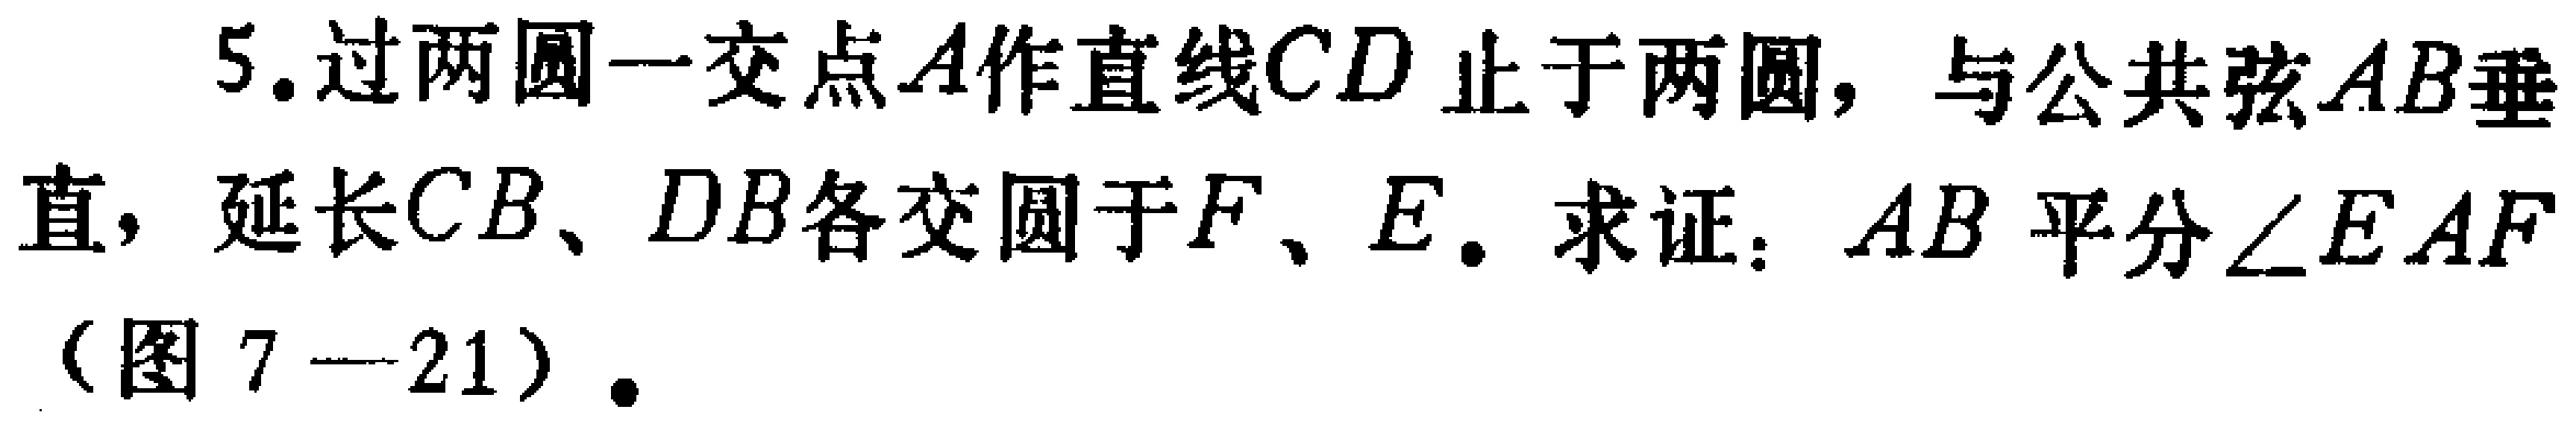
5. 过两圆一交点\(A\)作直线\(CD\)止于两圆，与公共弦\(AB\)垂直，延长\(CB\)、\(DB\)各交圆于\(F\)、\(E\)。求证：\(AB\)平分\(\angle EAF\)（图\(7 - 21\)）.